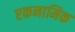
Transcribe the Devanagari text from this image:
एकनामिक